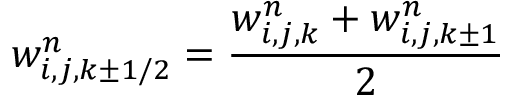
w _ { i , j , k \pm 1 / 2 } ^ { n } = \frac { w _ { i , j , k } ^ { n } + w _ { i , j , k \pm 1 } ^ { n } } { 2 }